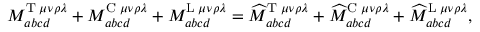
M _ { a b c d } ^ { \mathrm { T } \; \mu \nu \rho \lambda } + M _ { a b c d } ^ { \mathrm { C } \; \mu \nu \rho \lambda } + M _ { a b c d } ^ { \mathrm { L } \; \mu \nu \rho \lambda } = \widehat { M } _ { a b c d } ^ { \mathrm { T } \; \mu \nu \rho \lambda } + \widehat { M } _ { a b c d } ^ { \mathrm { C } \; \mu \nu \rho \lambda } + \widehat { M } _ { a b c d } ^ { \mathrm { L } \; \mu \nu \rho \lambda } ,